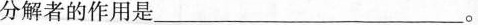
分解者的作用是___。